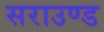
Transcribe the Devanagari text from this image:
सराउण्ड